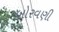
બોરવણી